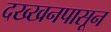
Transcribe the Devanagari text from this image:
दख्खनपासून